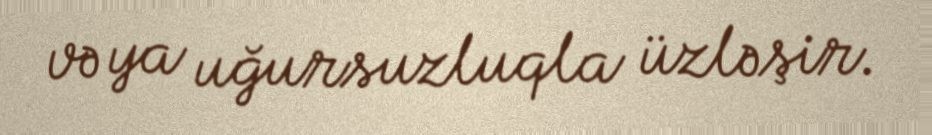
və ya uğursuzluqla üzləşir.